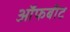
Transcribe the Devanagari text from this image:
ऑफबीट